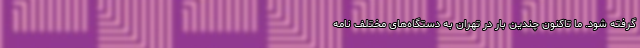
گرفته شود. ما تاکنون چندین‌ بار در تهران به دستگاه‌های مختلف نامه